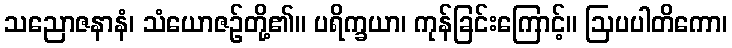
သညောဇနာနံ၊ သံယောဇဉ်တို့၏။ ပရိက္ခယာ၊ ကုန်ခြင်းကြောင့်။ ဩပပါတိကော၊